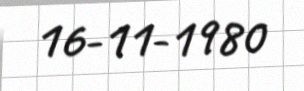
16-11-1980